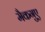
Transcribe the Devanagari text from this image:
मैकगुए